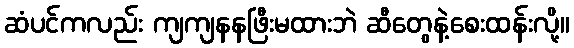
ဆံပင်ကလည်း ကျကျနနဖြီးမထားဘဲ ဆီတွေနဲ့စေးထန်းလို့။